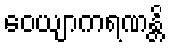
ဝေယျာကရဏန္တိ